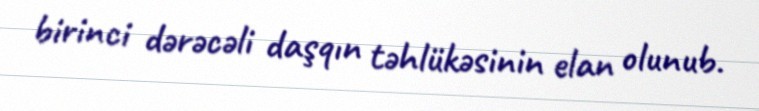
birinci dərəcəli daşqın təhlükəsinin elan olunub.